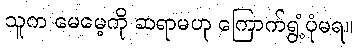
သူက မေမေ့ကို ဆရာမဟု ကြောက်ရွံ့ပုံမရ။